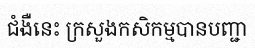
ជំងឺនេះ ក្រសួងកសិកម្មបានបញ្ជា